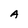
Character: A